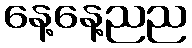
နေ့နေ့ညည